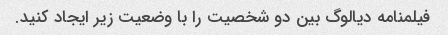
فیلمنامه دیالوگ بین دو شخصیت را با وضعیت زیر ایجاد کنید.